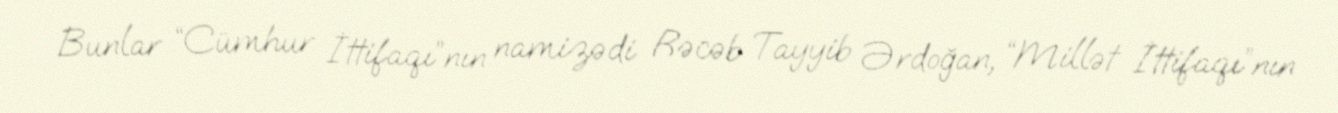
Bunlar “Cümhur İttifaqı”nın namizədi Rəcəb Tayyib Ərdoğan, “Millət İttifaqı”nın